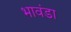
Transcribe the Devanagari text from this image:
भावंडा